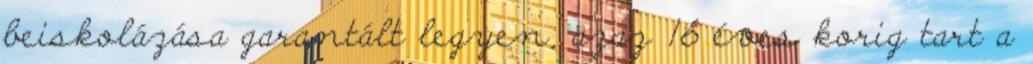
beiskolázása garantált legyen, azaz 16 éves korig tart a